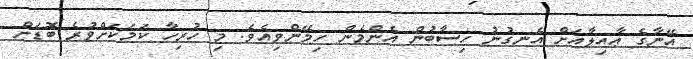
އޭނާގެ ޢާއިލާއަށް އެނގުނު ހިސާބުން އެންމެން ހިމޭންވިއެވެ. މި ހުރިހާ ކަމަކަށްވުރެ ބޮޑަށް